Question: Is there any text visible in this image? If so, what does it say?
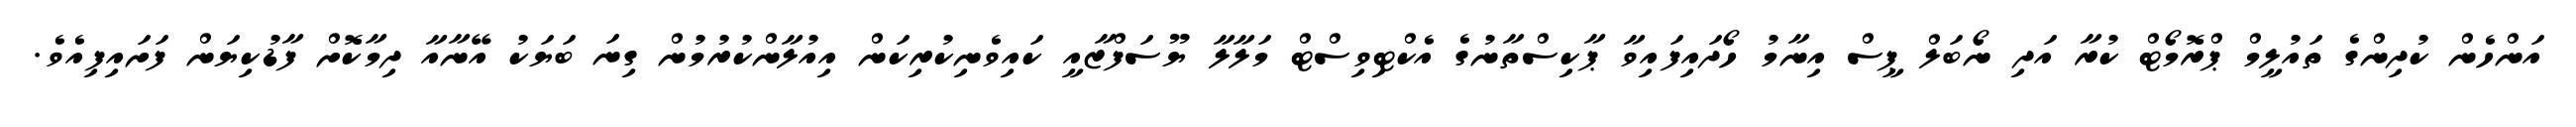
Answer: އަންހެން ކުދިންގެ ތައުލީމް ޕްރޮމޯޓް ކުރާ އަދި ނޯބަލް ޕީސް އިނާމު ހޯދައިފައިވާ ޕާކިސްތާނުގެ އެކްޓިވިސްޓް މަލާލާ ޔޫސަފްޒާއީ ކައިވެނިކުރިކަން އިއުލާންކުރުމުން ގިނަ ބަޔަކު އޭނާއާ ދިމާކޮށް ފާޑުކިޔަން ފަށައިފިއެވެ.